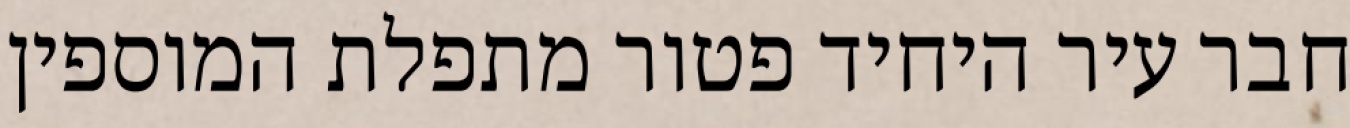
חבר עיר היחיד פטור מתפלת המוספין